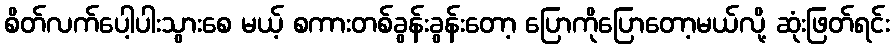
စိတ်လက်ပေါ့ပါးသွားစေ မယ့် စကားတစ်ခွန်းခွန်းတော့ ပြောကိုပြောတော့မယ်လို့ ဆုံးဖြတ်ရင်း